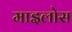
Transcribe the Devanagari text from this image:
माइलोस